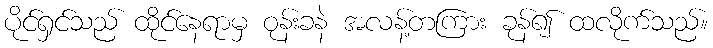
ပိုင်ရှင်သည် ထိုင်နေရာမှ ဝုန်းခနဲ အလန့်တကြား ခုန်၍ ထလိုက်သည်။